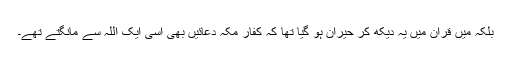
بلکہ میں قرآن میں یہ دیکھ کر حیران ہو گیا تھا کہ کفارِ مکہ دعائیں بھی اسی ایک اللہ سے مانگتے تھے۔